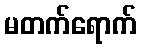
မတက်ရောက်